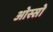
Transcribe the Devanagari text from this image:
ओस्सो